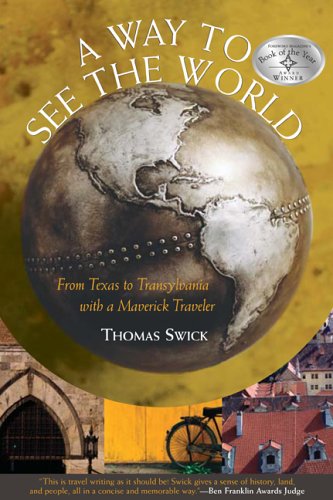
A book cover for A Way to See the World: From Texas to Transylvania With a Maverick Traveler; Thomas Swick; Biographies & Memoirs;